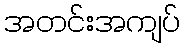
အတင်းအကျပ်